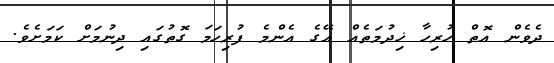
ދެވެން އޮތް ހުރިހާ ޚިދުމަތެއް އޭގެ އެންމެ ފުރިހަމަ ގޮތުގައި ދިނުމަށް ކަމަށެވެ.